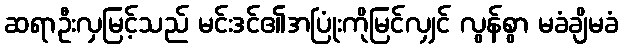
ဆရာဦးလှမြင့်သည် မင်းဒင်၏အပြုံးကိုမြင်လျှင် လွန်စွာ မခံချိမခံ